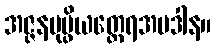
အဇ္ဇနပုပ္ဖိယတ္ထေရအပဒါန။